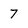
Character: 7